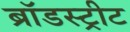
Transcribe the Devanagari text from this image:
ब्रॉडस्ट्रीट